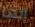
إنها